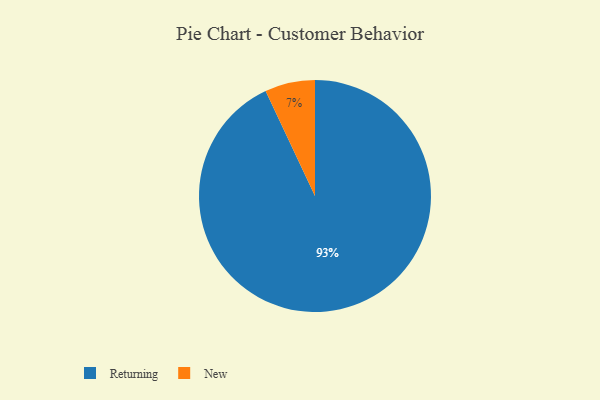
{"axis": {"x": "Category", "y": "Percentage"}, "legend": ["New", "Returning"], "data": [{"x": "New", "y": 7, "type": "New"}, {"x": "Returning", "y": 93, "type": "Returning"}]}